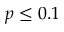
p \leq 0 . 1